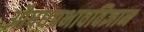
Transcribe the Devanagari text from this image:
औषधप्रभावविज्ञान